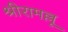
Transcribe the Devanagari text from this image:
श्रीरामल्लू